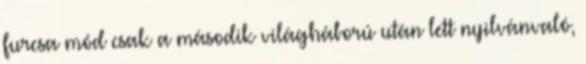
furcsa mód csak a második világháború után lett nyilvánvaló,